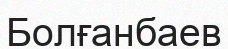
Болғанбаев